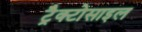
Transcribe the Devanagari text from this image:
ट्रैक्टोसाइल